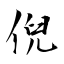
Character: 倪